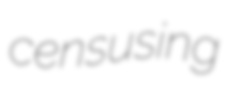
censusing